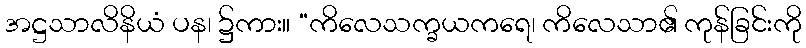
အဋ္ဌသာလိနိယံ ပန၊ ၌ကား။ “ကိလေသက္ခယကရေ၊ ကိလေသာ၏ ကုန်ခြင်းကို